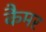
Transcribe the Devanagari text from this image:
कैमर